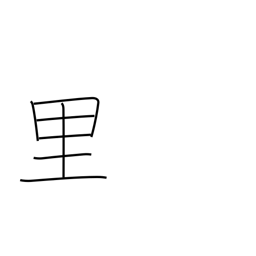
Meaning: league